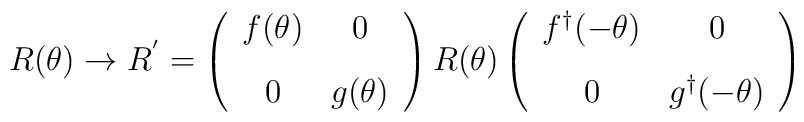
R(\theta) \rightarrow R^{'} = \left (\begin{array}{cc}f(\theta) & 0 \\[3mm]0 & g(\theta)\end{array}\right ) R(\theta) \left (\begin{array}{cc}f^\dagger (-\theta) & 0 \\[3mm]0 & g^\dagger (-\theta)\end{array}\right )